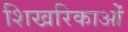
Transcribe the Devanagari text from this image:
शिखरिकाओं